Report of the Municipal Commissioner on the plague in Bombay for the year ending 31st May... - Volume 2
Disease focus: Plague
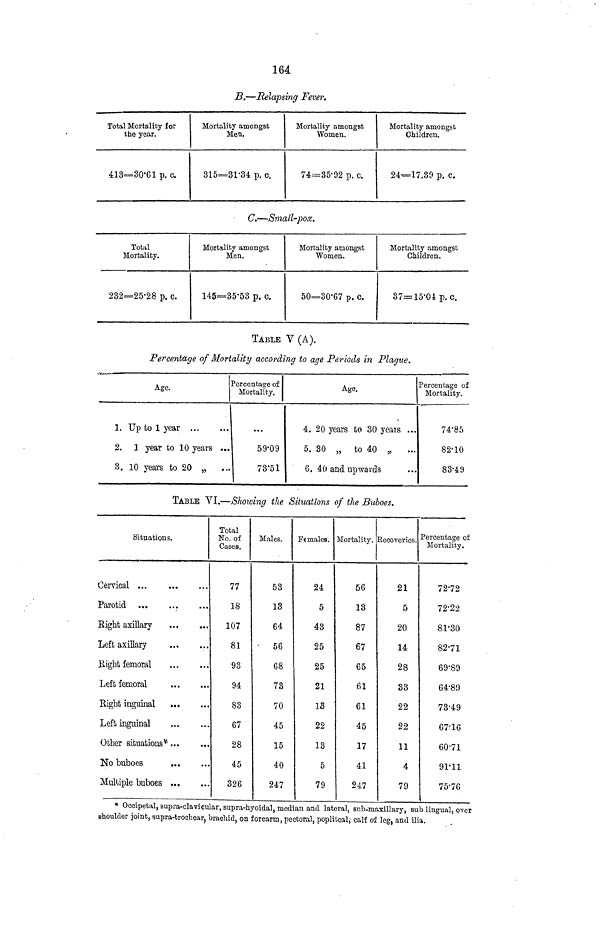
164.
13.—Relapsing Fever.
Total Mortality for
the year.
413=30*61 p. c.
Mortality amongst
Men.
315=31-34 p. c.
Mortality amongst
Women.
74=35-92 p. c.
Mortality amongst
Children.
24=17.39 p. c.
C.—Small-pox.
Total
Mortality.
232=25-28 p. c.
Mortality amongst
Men.
145=35-53 p. c.
Mortality amongst
Women.
50=30-67 p. c.
Mortality amongst
Children.
37= 15-04 p.c.
TABLE V (A).
Percentage of Mortality according to age Periods in Plague.
Age.
1. Up to 1 year
2, 1 year to 10 years *..
3. 10 years to 20 „
Percentage of
Mortality.
• • •
59-09
73*51
Age.
4. 20 years to 30 yeais ...
5. 30 „ to 40 „
6. 40 and upwards
Percentage of
Mortality.
74*85
82-10
83-49
TABLE VI.—Showing the Situations of the Buboes.
Situations.
Cervical ...
Parotid
Bight axillary
Left axillary
Right femoral
Left femoral
Eight inguinal
Left inguinal
Other situations*
No buboes
Multiple buboes
Total
No. of
Cases.
77
18
107
81
93
94
83
67
28
45
326
Males.
53
13
64
•
56
68
73
70
45
15
40
247
Females.
24
5
43
25
25
21
13
22
13
5
79
Mortality.
56
13
87
67
65
61
61
45
17
41
247
Recoveries.
21
5
20
14
28
33
22
22
11
4
79
Percentage of
Mortality.
72-72
72-22
81-30
82-71
69*89
64-89
73-49
67-16
60'71
91-11
75-76
* Occipetal, supra-clavicular, supra-hyoidal, median and lateral, sub-maxillary, sub lingual, over
shoulder joint, supra-trochear ? brachid, on forearm, pectoral, popliteal; calf of leg, and ilia.